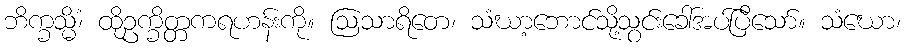
ဘိက္ခသ္မိံ၊ ထိုဥက္ခိတ္တကရဟန်းကို။ ဩသာရိတေ၊ သံဃာ့ဘောင်သို့သွင်းခေါ်အပ်ပြီသော်။ သံဃော၊